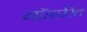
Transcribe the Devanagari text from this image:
गॉडपेरेंट